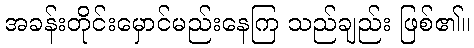
အခန်းတိုင်းမှောင်မည်းနေကြ သည်ချည်း ဖြစ်၏။